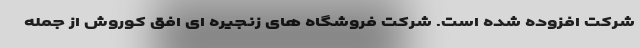
شرکت افزوده شده است. شرکت فروشگاه های زنجیره ای افق کوروش از جمله